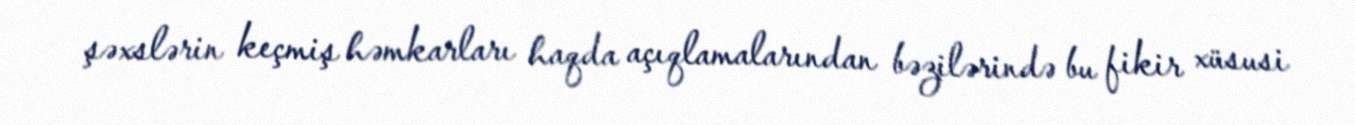
şəxslərin keçmiş həmkarları haqda açıqlamalarından bəzilərində bu fikir xüsusi